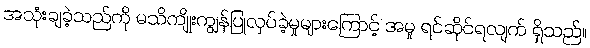
အသုံးချခဲ့သည်ကို မသိကျိုးကျွန်ပြုလုပ်ခဲ့မှုများကြောင့် အမှု ရင်ဆိုင်ရလျက် ရှိသည်။